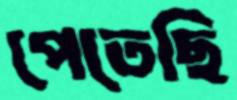
পেতেছি